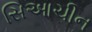
સિઆચીન